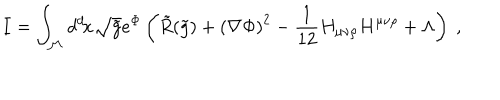
LaTeX: I = \int _ { \cal { M } } d ^ { d } \! x \sqrt { \tilde { g } } e ^ { \Phi } \left( \tilde { R } ( \tilde { g } ) + \left( \nabla \Phi \right) ^ { 2 } - { \frac { 1 } { 1 2 } } H _ { \mu \nu \rho } H ^ { \mu \nu \rho } + \Lambda \right) \ ,